Lunatic asylums United Provinces 1909-1921 - 1909-1921
Year: 1909
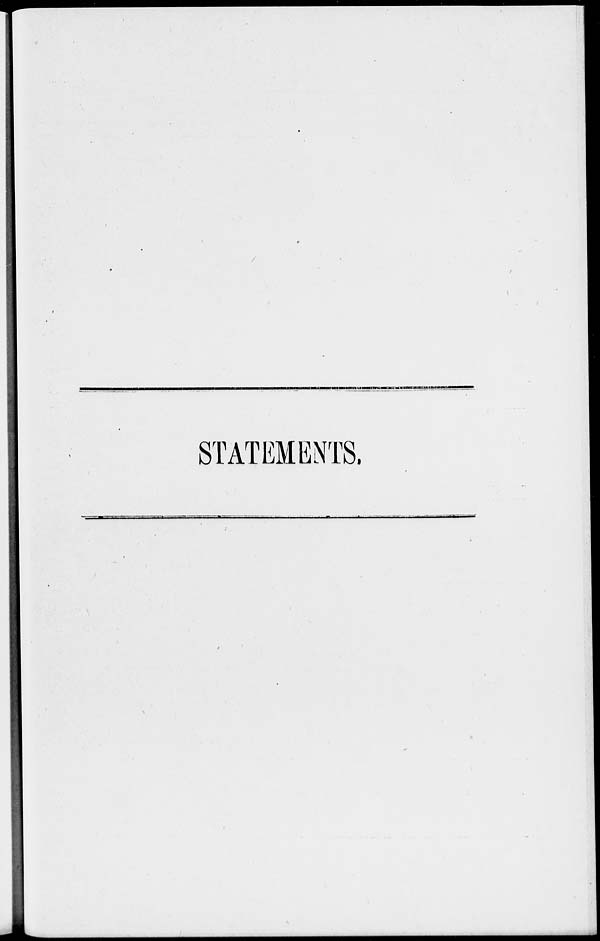
STATEMENTS.